King Institute of Preventive Medicine Bacteriolog. Section reports 1907-08
Year: 1907
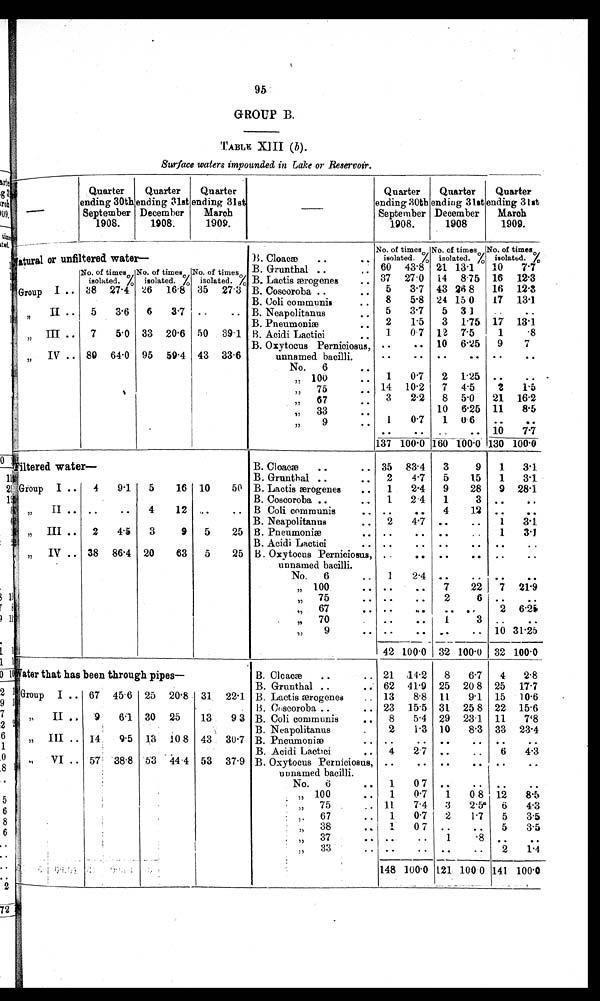
GROUP B.
TABLE XIII (b ).
Surface waters impounded in Lake or Reservoir.
—
Quarter
ending 30th
September
1908.
Quarter
ending 31st
December
1908.
Quarter
ending 31s
March
1909.
—
Quarter
ending 30th
September
1908.
Quarter
ending 31st
December
1908
Quarter
ending 31st
March
1909.
N a t u r a l o r u n f i l t e r e dwater
—
B Cloacæ
..
No. of times
isolated.%
No. of times
isolated. %
No. of times
isolated. %
B. Grunthal
60 43.8 21 13.1
10
7 . 7
No. of times
isolated. %
No. of times
isolated. %
No. of times
isolated. % B. Lactis ærogenes
.. 37 27.0 14 8.75 16 12.3
Group I .. 38 27.4 26 16.8 35 27.3 B. Coscoroba ..
..
5
3.7 43 26 8
16 12.3
B. Coli communis
..
8
5.8 24 15 0
17 13.1
"
II ..
5
3.6
6
3.7 ..
.. B. Neapolitanus
..
5
3.7
5 3 1
..
..
B. Pneumoniæ
..
2
1.5
3 1.75 17 13.1
"
III ..
7
5.0 33 20.6 50 39.1 B. Acidi Lactici
..
1
0.7 12 7.5
1
.8
B. Oxytocus Perniciosus,
. .
. . 10 6.25
9
7
"
IV .. 89 64.0 95 59.4 43 33.6
unnamed bacilli.
. .
. .
. .
. .
. .
. .
No.
6
..
" 100
..
1
0.7
2 1.25 ..
..
" 75
.. 14 10.2
7 4.5
2
1.5
"
67
..
3
2.2
8 5.0
21 16.2
"
33
..
10 6.25 11
8.5
"
9
1
0.7
1 0.6
..
..
..
..
..
.. 10
7.7
137 100.0 160 100.0 130 100.0
F i l t e r e d w a t e r —
B. Cloacæ
..
.. 35 83.4
3
9
1
3.1
B. Grunthal ..
..
2
4.7
5
1.5
1
3.1
Group I ..
4
9.1
5
16 10
50 B. Lactis ærogenes
..
1
2.4
9
28
9 28.1
B. Coscoroba ..
1
2.4
1
3 ..
. .
"
II .. ..
..
4
12
. .
.. B Coli, communis
.. ..
..
4
12 ..
..
B. Neapolitanus
..
2
4.7 ..
..
1
3.1
" III ..
2
4.5
3
9
5
25 B. Pneumoniæ
..
. .
..
. .
..
1
3.1
B. Acidi Lactici
..
. .
. .
. .
. .
. .
..
" IV .. 38 86.4 20
63
5
25 B. Oxytocus Perniciosus,
unnamed bacilli.
..
.. ..
.. ..
..
No.
6
• •
1
2.4 ..
.. ..
..
" 100
.. ..
..
7
22
7 21.9
" 75• •
. .
. .
2
6 ..
..
"
"
67
..
..
..
. . ..
2 6.25
"
70
.
. .
..
1
3 ..
..
"
9
.. ..
.. ..
.. 10 31.25
42 100.0 32 100.0 32 100.0
Water that has been through pipes—
B. Cloacæ
..
21 14.2
8
6.7
4
2.8
B. Grunthal ..
.. 62 41.9 25 20.8 25 17.7
Group I .. 67 45.6 25 20.8 31 22.1 B. Lactis ærogenes
.. 13
8.8 11
9.1 15 10.6
B. Coscoroba ..
.. 23 15.5 31 25 8 22 15.6
"
II ..
9
6.1 30 25
13
9 3 B. Coli communis
..
8
5.4 29 23.1 11
7.8
B. Neapolitanus
.
2
1.3 10
8.3 33 23.4
" III .. 14
9.5 13 .10 8 43 30.7 B. Pneumoniæ
..
. .
. .
. .
. .
. .
. .
B. Acidi Lactici
..
4
2.7
. .
..
6
4.3
"
VI .. 57 38.8 53 44.4 53 37.9 B. Oxytocus Perniciosus,
unnamed bacilli.
. .
. .
. .
. .
. .
. .
No.
6
..
1
0 7 ..
..
..
..
" 100
..
1
0.7
1
0 8 12
8.5
"
75
.. 11
7.4
3
2.5
6
4.3
"
67
..
1
0.7
2
1.7
5
3.5
"
38
..
1
0 7 ..
..
5
3.5
"
37
. .
. .
1
. 8
. .
. .
" 33
. .
. .
. .
. .
2
1.4
148 100.0 121 100.0 141 100.0